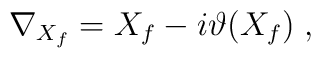
\nabla _{X_f}=X_f-i\vartheta (X_f)\;,